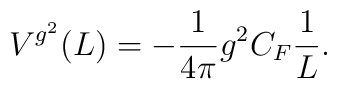
V^{g^2}(L) = - \frac{1}{{4\pi }}g^2 C_F \frac{1}{L}.